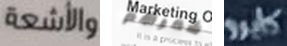
والأشعة شعرهم كايرو